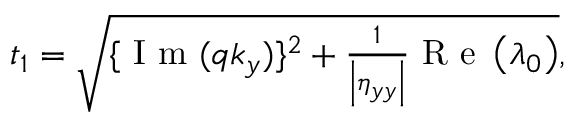
\begin{array} { r } { t _ { 1 } = \sqrt { \{ \mathrm { ~ I ~ m ~ } ( q k _ { y } ) \} ^ { 2 } + \frac { 1 } { \left| \eta _ { y y } \right| } \mathrm { ~ R ~ e ~ } \left( \lambda _ { 0 } \right) } , } \end{array}